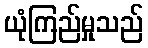
ယုံကြည်မှုသည်